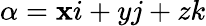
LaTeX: \alpha=\mathbf{x}i+yj+zk